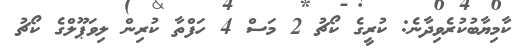
ކާމިޔާބުކުރެވިދާނެ: ކުރީގެ ކޯޗު 2 މަސް 4 ހަފްތާ ކުރިން ލިވަޕޫލްގެ ކޯޗު